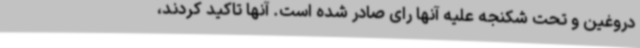
دروغین و تحت شکنجه علیه آنها رای صادر شده است. آنها تاکید کردند،